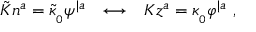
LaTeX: \tilde { \cal K } n ^ { a } = { \tilde { \kappa } } _ { _ 0 } \psi ^ { | a } \ \ \longleftrightarrow \ \ { \cal K } z ^ { a } = \kappa _ { _ 0 } \varphi ^ { | a } \ ,